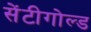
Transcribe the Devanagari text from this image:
सेंटीगोल्ड